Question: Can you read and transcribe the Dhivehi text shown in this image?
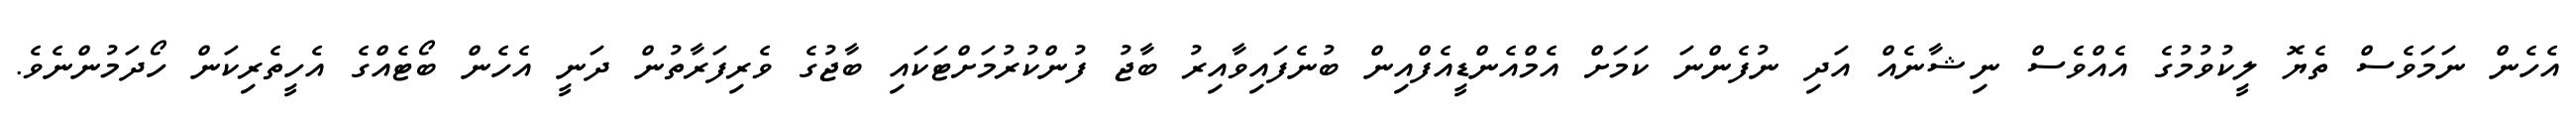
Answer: އެހެން ނަމަވެސް ތެޔޮ ލީކުވުމުގެ އެއްވެސް ނިޝާނެއް އަދި ނުފެންނަ ކަމަށް އެމްއެންޑީއެފްއިން ބުނެފައިވާއިރު ބާޖު ފުންކުރުމަށްޓަކައި ބާޖުގެ ވެރިފަރާތުން ދަނީ އެހެން ބޯޓެއްގެ އެހީތެރިކަން ހޯދަމުންނެވެ.